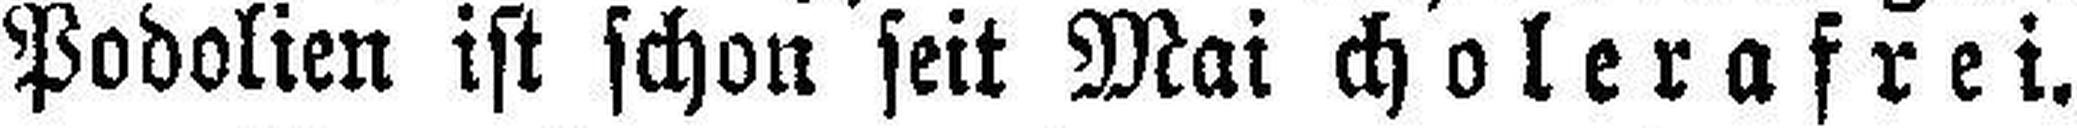
Podolien ist schon seit Mai cholerafrei.